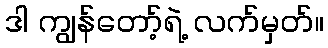
ဒါ ကျွန်တော့်ရဲ့ လက်မှတ်။